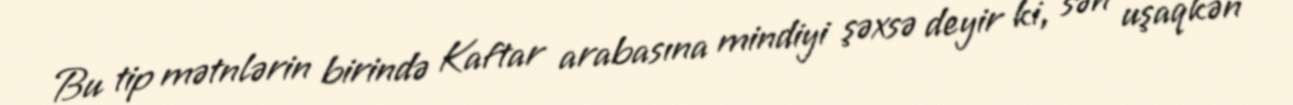
Bu tip mətnlərin birində Kaftar arabasına mindiyi şəxsə deyir ki, sən uşaqkən